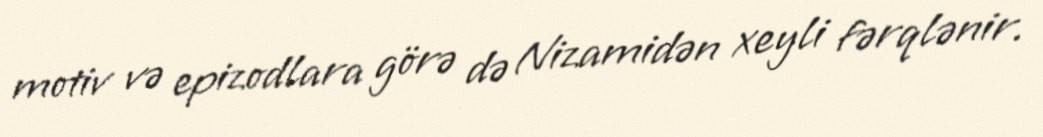
motiv və epizodlara görə də Nizamidən xeyli fərqlənir.